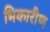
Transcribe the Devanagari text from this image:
भिकारीण